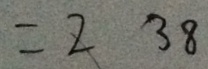
= 2 3 8